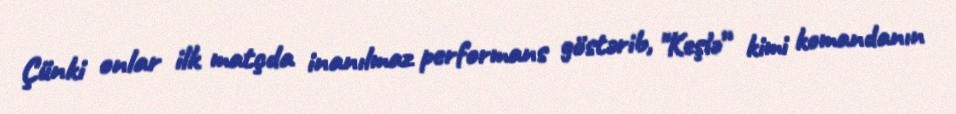
Çünki onlar ilk matçda inanılmaz performans göstərib, "Keşlə” kimi komandanın